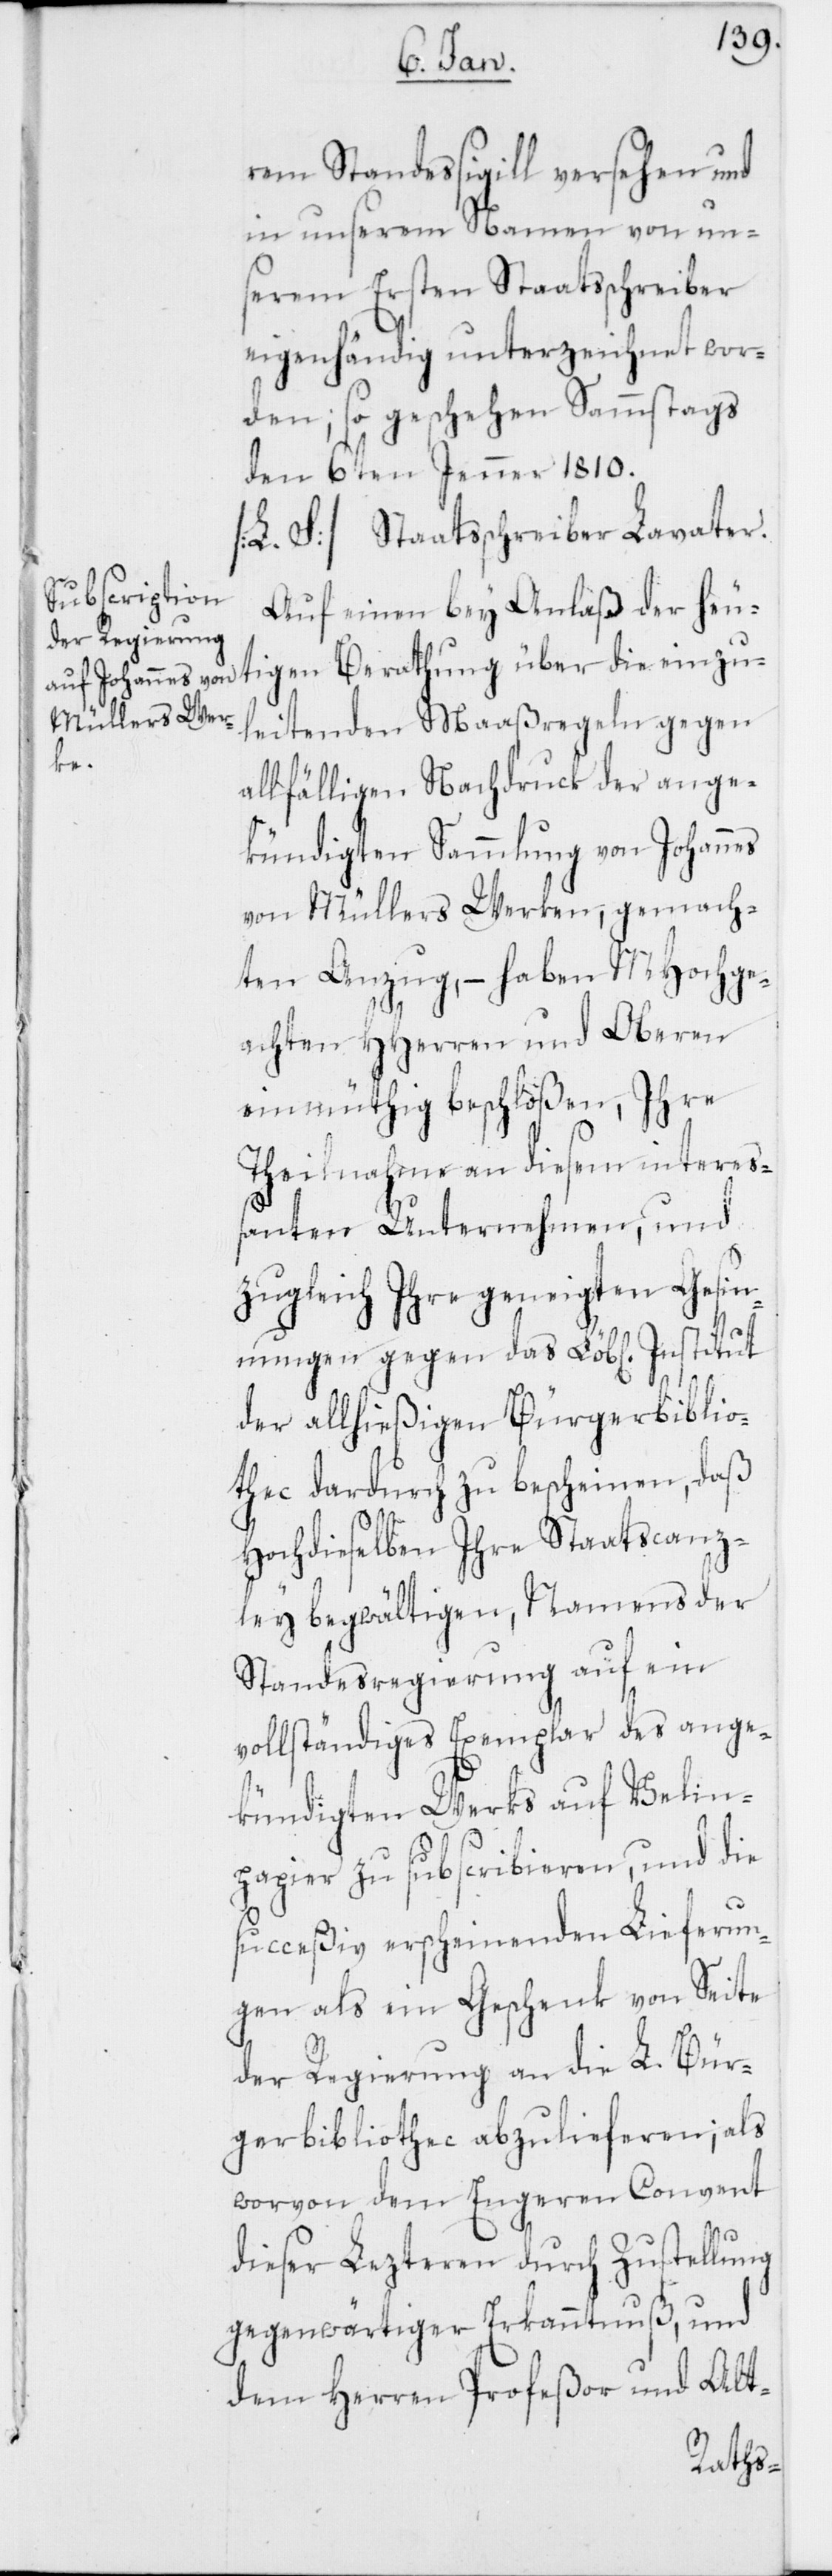
rem Standessigill versehen und
in unserem Namen von uns¬
erem Ersten Staatsschreiber
eigenhändig unterzeichnet wor¬
den; so geschehen Sammstags
den 6ten Jenner 1810.
[L. S.] Staatsschreiber Lavater.
Auf einen bey Anlaß der heu¬
tigen Berathung über die einzu¬
leitenden Maaßregeln gegen
allfähligen Nachdruck der ange¬
kündigten Sammlung von Johannes
von Müllers Werken, gemach¬
ten Anzug, – haben MHochge¬
achten HHerren und Oberen
einmüthig beschloßen, Ihre
Theilnahme an diesem intereß¬
anten Unternehmen, und
zugleich Ihre geneigten Gesin¬
nungen gegen das Löb[liche] Institut
der allhießigen Bürgerbiblio¬
thec dardurch zu bescheinen, daß
Hochdieselben Ihre Staatscanz¬
ley begwältigen, Namens der
Standesregierung auf ein
vollständiges Exemplar des ange¬
kündigten Werks auf Velin¬
papier zu subscribieren, und die
succeßiv erscheinenden Lieferun¬
gen als ein Geschenk von Seite
der Regierung an die L. Bür¬
gerbibliothec abzulieferen; als
worvon dem engeren Convent
dieser Lezteren durch Zustellung
gegenwärtiger Erkanntnuß, und
dem Herren Profeßor und Alt-